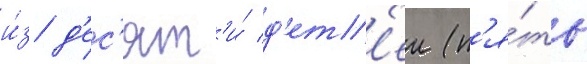
и́з д'ес'ят'и́ д'ет'еи (п'я́ть